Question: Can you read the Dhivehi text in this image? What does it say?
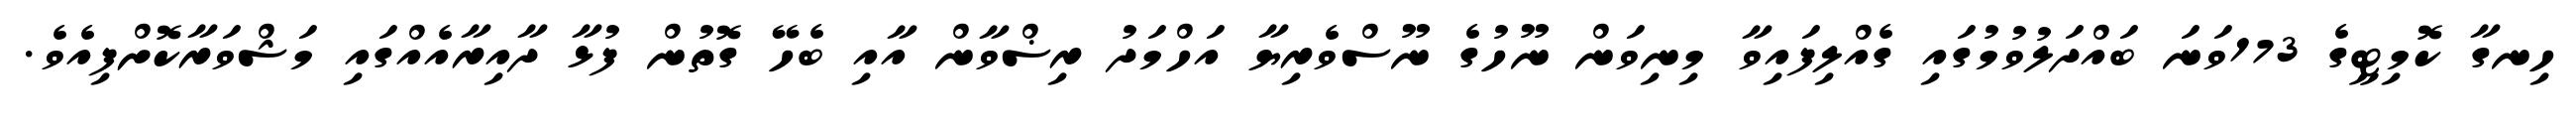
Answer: ހިނގާ ކޮމިޓީގެ 173ވަނަ ބައްދަލުވުމުގައި ގެއްލިފައިވާ މިނިވަން ނޫހުގެ ނޫސްވެރިޔާ އަހްމަދު ރިޟްވާން އާއި ބެހޭ ގޮތުން ފުޅާ ދާއިރާއެއްގައި މަޝްވަރާކޮށްފިއެވެ.